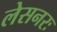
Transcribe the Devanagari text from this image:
लेसनरः